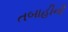
તબાહીની